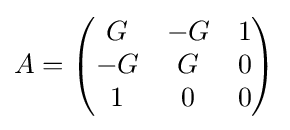
A={\begin{pmatrix}G&-G&1\\-G&G&0\\1&0&0\end{pmatrix}}